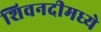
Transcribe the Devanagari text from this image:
शिवनदीमध्ये